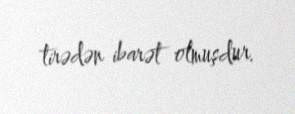
tirədən ibarət olmuşdur.